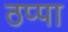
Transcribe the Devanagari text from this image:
ठप्‍पा